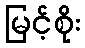
မြင့်စိုး